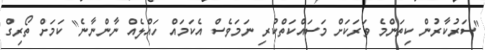
"ސަރުކާރުން ކިތަންމެ ވަރަކަށް މަސައްކަތްކުރި ނަމަވެސް އެކަމައް ހައްލެއް ނާންނާނެ" ކަމަށް ތޯރިގް